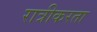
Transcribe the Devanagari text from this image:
रात्रीकरता